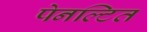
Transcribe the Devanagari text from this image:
पेनल्टित